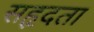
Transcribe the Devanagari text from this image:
सहृदता